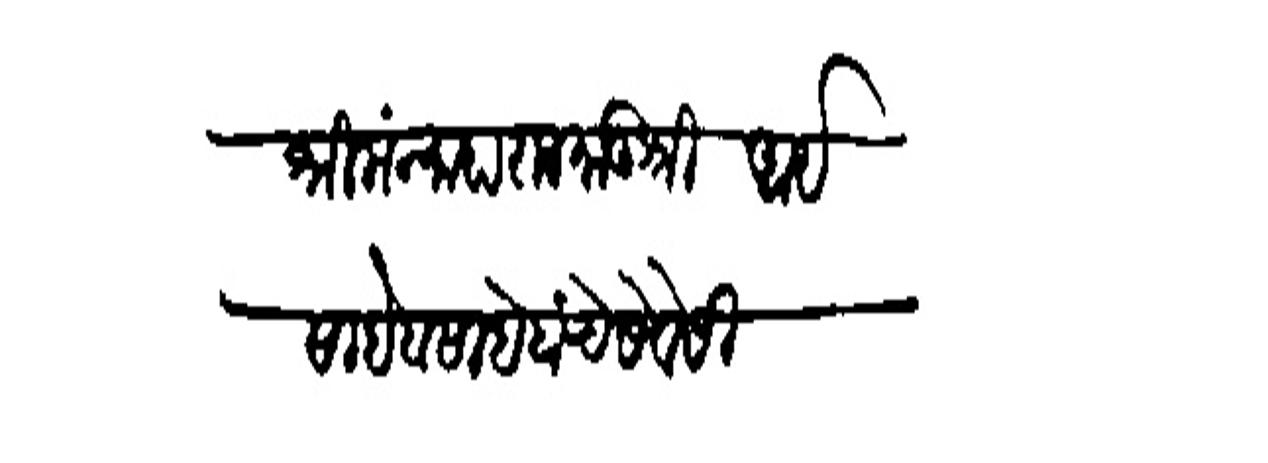
Transliteration (Devanagari): श्रीमंन्माहाराज मातुश्री आई साहेब साहेबांचे सेवेसी